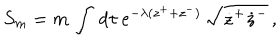
S _ { m } = m \, \int \, d \tau \, e ^ { - \lambda ( z ^ { + } + z ^ { - } ) } \, \sqrt { \dot { z } ^ { + } \dot { z } ^ { - } } \, ,